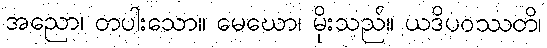
အညော၊ တပါးသော။ မေဃော၊ မိုးသည်။ ယဒိပဝဿတိ၊